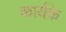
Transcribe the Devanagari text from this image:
कार्यके